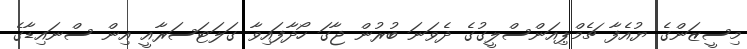
މިސީޒަންގެ ޔުއެފާ ޗެމްޕިއަންސްލީގުގެ ދެވަނަ ބުރުން ޖާގަ ހޯދާފައިވާ ގަލަޓަސަރާއީ އިން ސްނައިޑާގެ